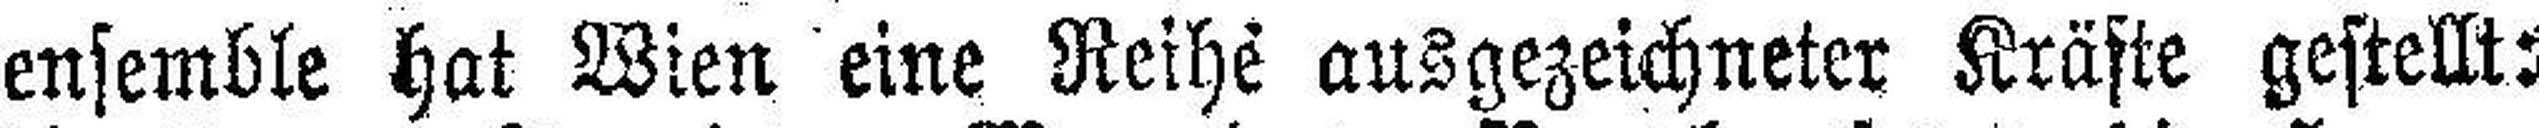
ensemble hat Wien eine Reihe ausgezeichneter Kräfte gestellt: